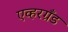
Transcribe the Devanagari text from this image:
एव्हरग्रँड